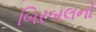
બિરબલનો